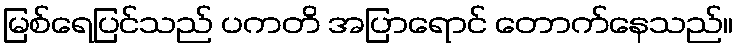
မြစ်ရေပြင်သည် ပကတိ အပြာရောင် တောက်နေသည်။